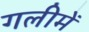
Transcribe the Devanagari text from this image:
गलीमें